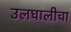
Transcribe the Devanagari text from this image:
उलघालीचा